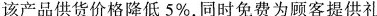
该产品供货价格降低5\%，同时免费为顾客提供礼